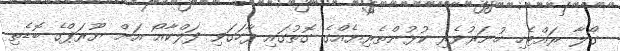
ގޯލާ ރައްޓެހި ހުނަރުވެރި ކުޅުންތެރިޔެއްގެ ގޮތުގައި ފާހަގަވި ފަލްކާއޯ އަށް ޔޫރަޕްގެ ބޮޑެތި